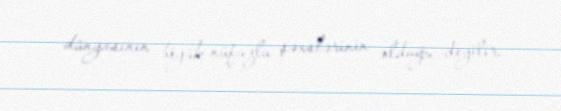
dünyasının böyük nüfuzlu şəxslərinin olduğu deyilir.